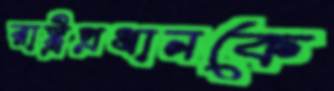
রাষ্ট্রপ্রধানকে